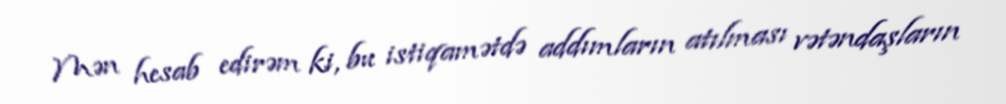
Mən hesab edirəm ki, bu istiqamətdə addımların atılması vətəndaşların